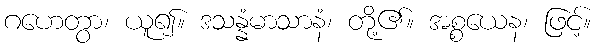
ဂဟေတွာ၊ ယူ၍။ ဒသန္နံမာသာနံ၊ တို့၏။ အစ္စယေန၊ ဖြင့်။